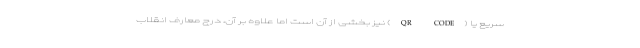
سریع یا (QR CODE) نیز بخشی از آن است اما علاوه بر آن، درج معارف انقلاب